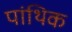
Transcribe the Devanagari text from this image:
पांथिक